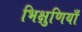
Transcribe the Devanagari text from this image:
भिक्षुणियाँ